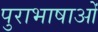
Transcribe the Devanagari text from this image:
पुराभाषाओं